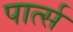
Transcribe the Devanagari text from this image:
पार्त्स